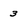
Character: 3